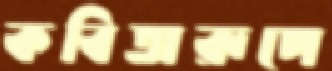
কবিতারূপে